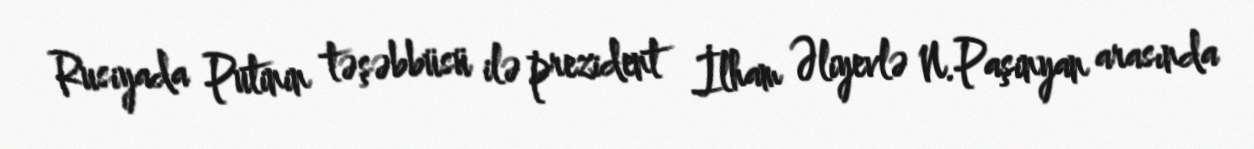
Rusiyada Putinin təşəbbüsü ilə prezident İlham Əliyevlə N.Paşinyan arasında